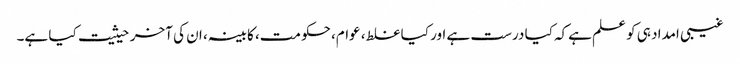
غیبی امداد ہی کو علم ہےکہ کیا درست ہے اور کیا غلط، عوام، حکومت، کابینہ، ان کی آخر حیثیت کیا ہے۔